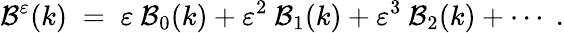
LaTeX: {\cal{B}}^{\varepsilon}(k)\; =\; \varepsilon\: {\cal{B}}_{0}(k)+\varepsilon^{2}\: {\cal{B}}_{1}(k)+\varepsilon^{3}\: {\cal{B}}_{2}(k)+\cdots\; .